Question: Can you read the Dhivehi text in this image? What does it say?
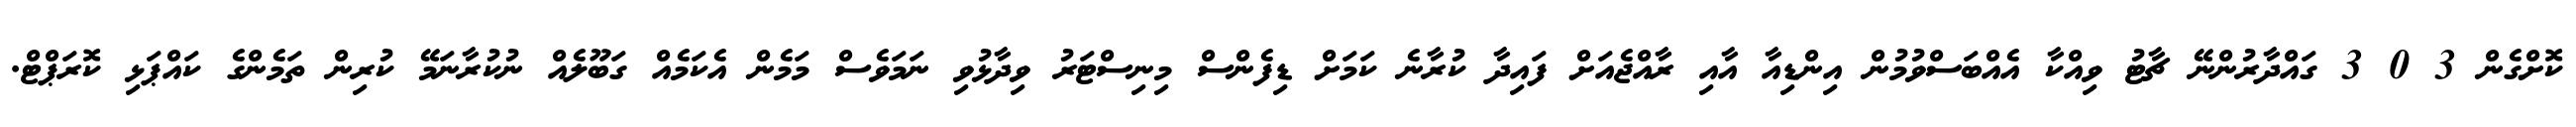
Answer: ކޮށްގެން 3 0 3 ގައްދާރުންނޭ ޗާޓު ވިއްކާ އެއްބަސްވުމުން އިންޑިއާ އާއި ރާއްޖެއަށް ފައިދާ ކުރާނެ ކަމަށް ޑިފެންސް މިނިސްޓަރު ވިދާޅުވި ނަމަވެސް މަމެން އެކަމެއް ގަބޫލެއް ނުކުރާނަމޭ ކުރިން ތަމެންގެ ކައްޕަޅި ކޮރަޕްޓް.